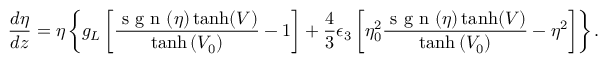
\frac { d \eta } { d z } = \eta \left\lbrace g _ { L } \left[ \frac { \mathrm { ~ s ~ g ~ n ~ } ( \eta ) \operatorname { t a n h } ( V ) } { \operatorname { t a n h } \left( V _ { 0 } \right) } - 1 \right] + \frac { 4 } { 3 } \epsilon _ { 3 } \left[ \eta _ { 0 } ^ { 2 } \frac { \mathrm { ~ s ~ g ~ n ~ } ( \eta ) \operatorname { t a n h } ( V ) } { \operatorname { t a n h } \left( V _ { 0 } \right) } - \eta ^ { 2 } \right] \right\rbrace .